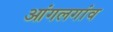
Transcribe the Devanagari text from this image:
आंगलगांव